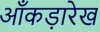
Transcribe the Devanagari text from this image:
आँकड़ारेख